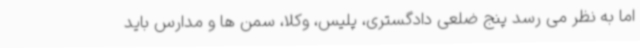
اما به نظر می رسد پنج ضلعی دادگستری، پلیس، وکلا، سمن ها و مدارس باید